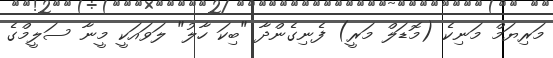
މަރިޔަމް މަނިކެ (މޮޑަލް މަރީ) ފެނިގެންދާ "ބިކަ ހާލު" ލަވައަކީ މީނާ ސަލީމްގެ